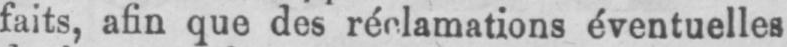
éventuelles